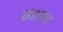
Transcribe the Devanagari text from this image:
मंज़लाह